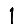
Digit: 1